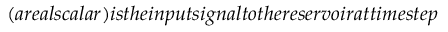
( a r e a l s c a l a r ) i s t h e i n p u t s i g n a l t o t h e r e s e r v o i r a t t i m e s t e p